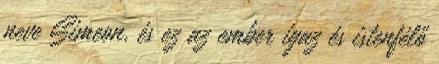
neve Simeon, és ez az ember igaz és istenfélő